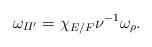
LaTeX: \begin{align*} \omega_{\varPi'}=\chi_{E/F}\nu^{-1}\omega_\rho.\end{align*}